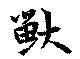
獸